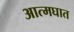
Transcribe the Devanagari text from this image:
आत्‍मघात